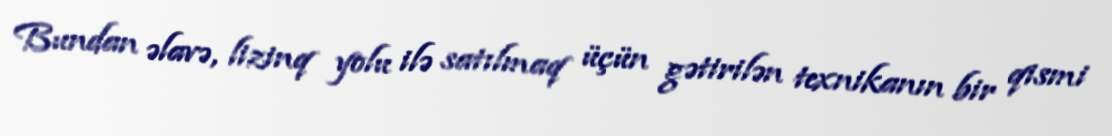
Bundan əlavə, lizinq yolu ilə satılmaq üçün gətirilən texnikanın bir qismi